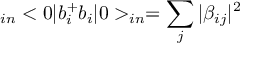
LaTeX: _ { i n } < 0 | b _ { i } ^ { + } b _ { i } | 0 > _ { i n } = \sum _ { j } | \beta _ { i j } | ^ { 2 }